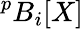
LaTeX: {}^{p}B_{i}[X]